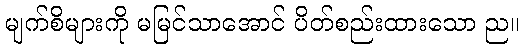
မျက်စိများကို မမြင်သာအောင် ပိတ်စည်းထားသော ည။